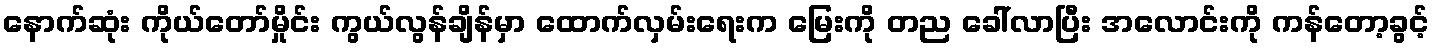
နောက်ဆုံး ကိုယ်တော်မှိုင်း ကွယ်လွန်ချိန်မှာ ထောက်လှမ်းရေးက မြေးကို တည ခေါ်လာပြီး အလောင်းကို ကန်တော့ခွင့်